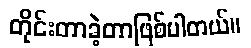
တိုင်းတာခဲ့တာဖြစ်ပါတယ်။